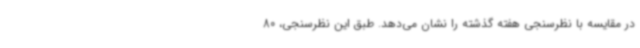
در مقایسه با نظرسنجی هفته گذشته را نشان می‌دهد. طبق این نظرسنجی، 80